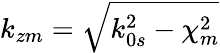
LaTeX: k_{zm}=\sqrt{k_{0s}^{2}-\chi_{m}^{2}}